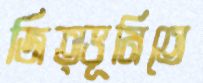
জিত্ভূমিতে